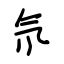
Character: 氘